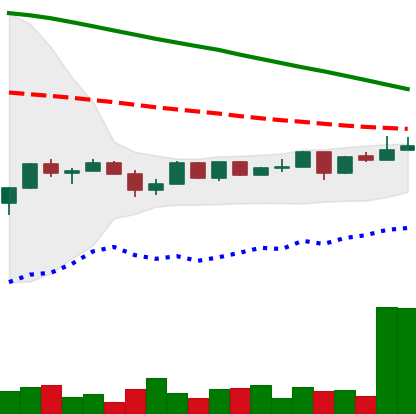
Ticker: NEO-USD
Chart end date: 2022-12-11
Forward return: -7.087%
Label: down_7plus